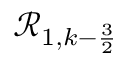
\mathcal { R } _ { 1 , k - \frac { 3 } { 2 } }